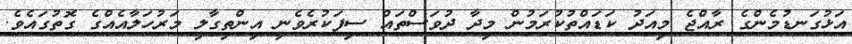
އަޅުގަނޑުމެންގެ ރާއްޖެ މިއަދު ކަޑައްތުކުރަމުން މިދާ ދުވަސްތައް ސިފަކުރެވެނީ އިންތިގާލީ މަރުހަލާއެއްގެ ގޮތުގައެވެ.